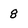
Character: 8